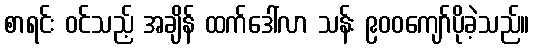
စာရင်း ဝင်သည့် အချိန် ထက်ဒေါ်လာ သန်း ၉၀၀ကျော်ပိုခဲ့သည်။